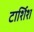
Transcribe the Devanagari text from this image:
टार्शिश